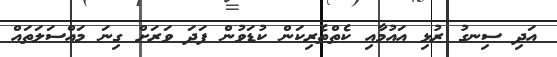
އަދި ސިނގު ރުޅި އައުމާއި ކެތްތެރިކަން ކުޑަވުން ފަދަ ވަރަށް ގިނަ މައްސަލަތައް